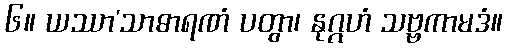
၆။ ယဿာ’သာဓာရဏံ ပတွာ၊ နုဂ္ဂဟံ သဗ္ဗကာမဒံ။